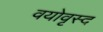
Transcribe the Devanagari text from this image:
वयोवृस्द